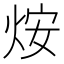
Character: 𤇼